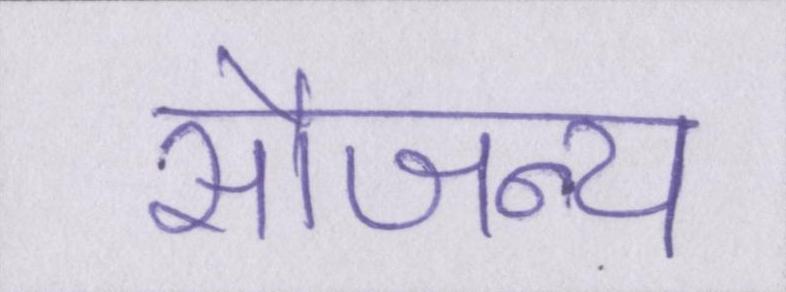
सौजन्य